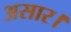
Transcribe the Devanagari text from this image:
असार।